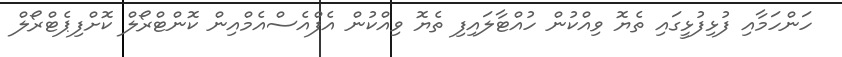
ހަންހަމާއި ފުޅިފުޅީގައި ތެޔޮ ވިއްކުން ހުއްޓާލައިފި ތެޔޮ ވިއްކުން އެފްއެސްއެމްއިން ކޮންޓްރޯލް ކޮށްފިޕެޓްރޯލް